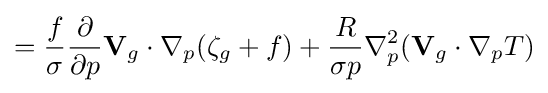
\displaystyle ={\frac {f}{\sigma }}{\frac {\partial }{\partial p}}\mathbf {V} _{g}\cdot \nabla _{p}(\zeta _{g}+f)+{\frac {R}{\sigma p}}\nabla _{p}^{2}(\mathbf {V} _{g}\cdot \nabla _{p}T)